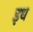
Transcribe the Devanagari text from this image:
इध